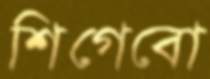
শিগেবো